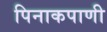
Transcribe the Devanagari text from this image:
पिनाकपाणी